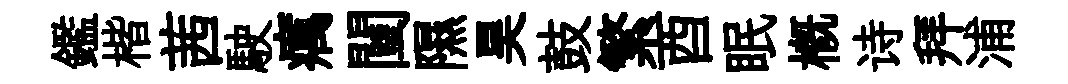
鑑楷茜駛癘闉隰昊鼓繁酉眠槪诗拜浦